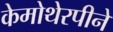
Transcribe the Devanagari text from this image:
केमोथेरपीने